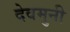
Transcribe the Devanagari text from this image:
देवमुनी